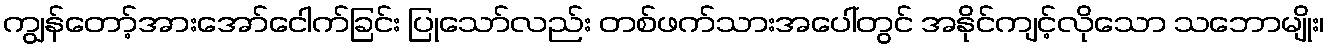
ကျွန်တော့်အားအော်ငေါက်ခြင်း ပြုသော်လည်း တစ်ဖက်သားအပေါ်တွင် အနိုင်ကျင့်လိုသော သဘောမျိုး၊